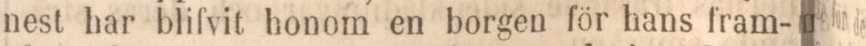
nest har blifvit honom en borgen för hans fram-